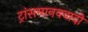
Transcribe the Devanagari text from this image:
ट्रांसमानववादी